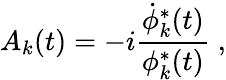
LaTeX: A_{k}(t)=-i\frac{\dot{\phi}_{k}^{*}(t)}{\phi_{k}^{*}(t)}\; ,